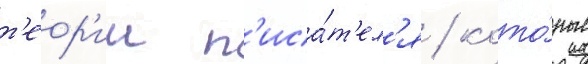
т'еор'ии п'иса́т'ел'я / кото́рые